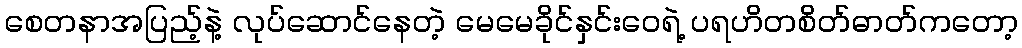
စေတနာအပြည့်နဲ့ လုပ်ဆောင်နေတဲ့ မေမေခိုင်နှင်းဝေရဲ့ ပရဟိတစိတ်ဓာတ်ကတော့